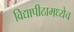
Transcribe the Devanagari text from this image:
विद्यापीठामध्येच